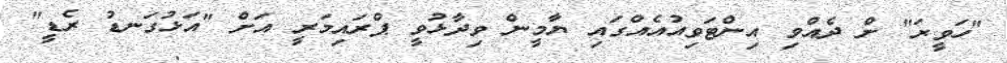
"ހަވީރަ" ށް ދެއްވި އިންޓަވިއުއެއްގައި ޔާމީން ވިދާޅުވީ ޕްރައިމަރީ އަށް "އަޅުގަނޑު ރެޑީ"